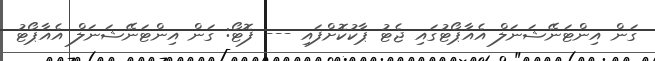
ގަން އިންޓަނޭޝަނަލް އެއާޕޯޓުގައި ޖެޓު ޕާކުކޮށްފައި --- ފޮޓޯ: ގަން އިންޓަނޭޝަނަލް އެއާޕޯޓު